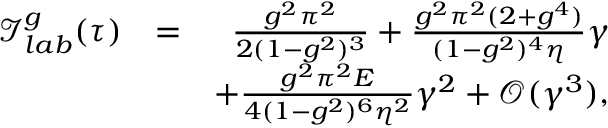
\begin{array} { r l r } { \mathscr { I } _ { l a b } ^ { g } ( \tau ) } & { = } & { \frac { g ^ { 2 } \pi ^ { 2 } } { 2 ( 1 - g ^ { 2 } ) ^ { 3 } } + \frac { g ^ { 2 } \pi ^ { 2 } ( 2 + g ^ { 4 } ) } { ( 1 - g ^ { 2 } ) ^ { 4 } \eta } \gamma } \\ & { } & { + \frac { g ^ { 2 } \pi ^ { 2 } E } { 4 ( 1 - g ^ { 2 } ) ^ { 6 } \eta ^ { 2 } } \gamma ^ { 2 } + \mathcal { O } ( \gamma ^ { 3 } ) , } \end{array}